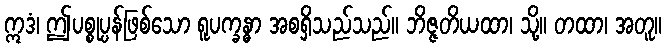
ဣဒံ၊ ဤပစ္စုပ္ပန်ဖြစ်သော ရူပက္ခန္ဓာ အစရှိသည်သည်။ ဘိဇ္ဇတိယထာ၊ သို့။ တထာ၊ အတူ။